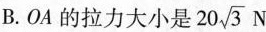
B.OA的拉力大小是 20 \sqrt{3}N